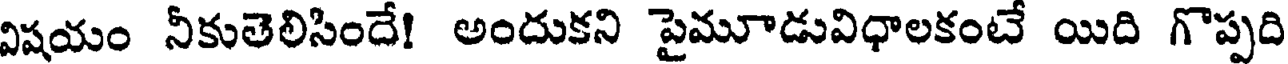
విషయం నీకుతెలిసిందే! అందుకని పైమూడువిధాలకంటే యిది గొప్పది